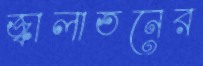
জ্বালাতনের